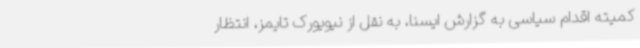
کمیته اقدام سیاسی به گزارش ایسنا، به نقل از نیویورک تایمز، انتظار